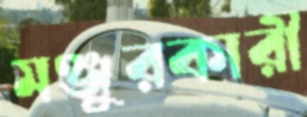
মঞ্জুরকারী